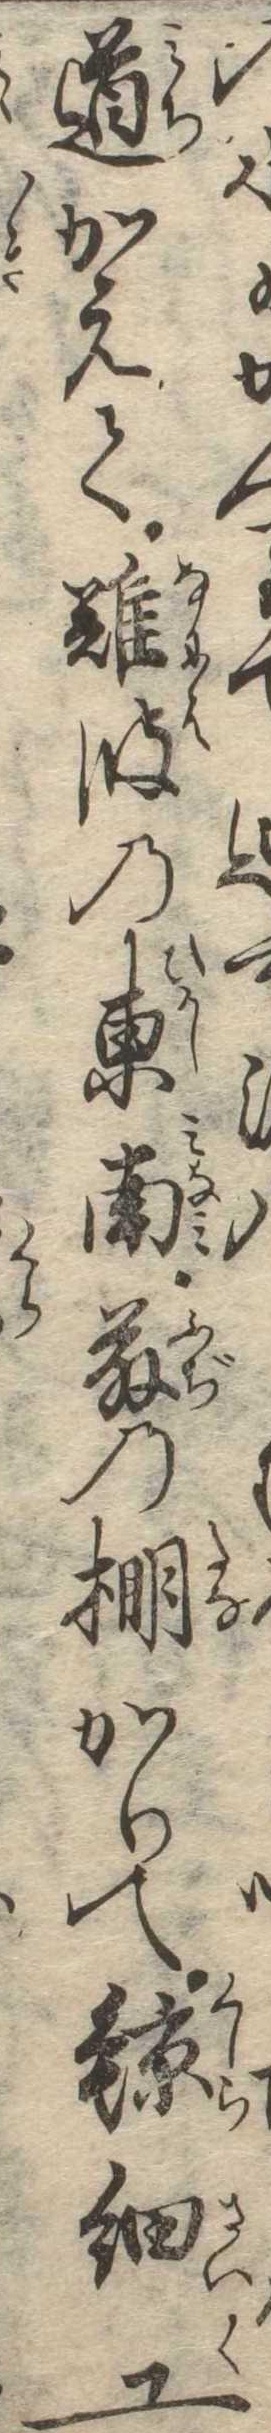
のても道かえて難波の東南藤の棚かりて鯨細工